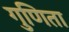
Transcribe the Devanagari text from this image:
गुणिता